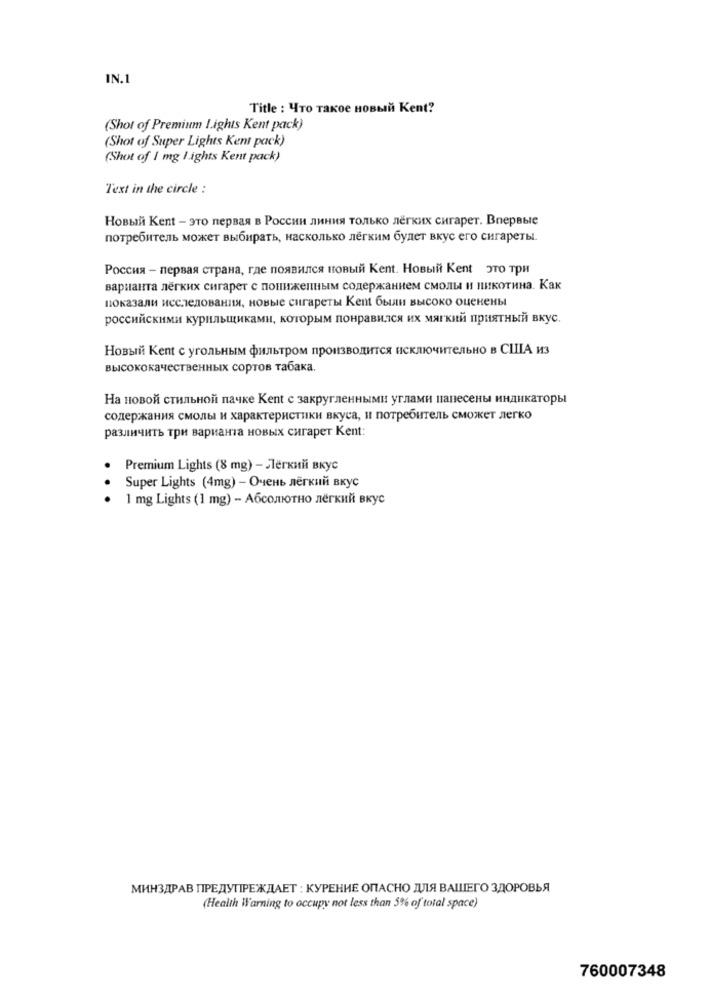
IN.1
Title : Что такое новый Kent?
(Shot of Premium lights Kent pack)
(Shot of Super Lights Kent pack)
(Shot of 1 mg lights Kent pack)
Text in the circle :
Новый Kent - это первая в России линия только лёгких сигарет. Впервые
потребитель может выбирать, насколько лёгким будет вкус его сигареты.
Россия - первая страна, где появился новый Kent. Новый Kent это три
варианта лёгких сигарет с пониженным содержанием смолы и никотина. Как
показали исследования, новые сигареты Kent были высоко оценены
российскими курильщиками, которым понравился их мягкий приятный вкус.
Новый Kent с угольным фильтром производится исключительно в США из
высококачественных сортов табака.
На новой стильной пачке Kent с закругленными углами папесены индикаторы
содержания смолы и характеристики вкуса, и потребитель сможет легко
различить три варианта новых сигарет Kent:
Premium Lights (8 mg) - Лёгкий вкус
Super Lights (4mg) - Очень лёгкий вкус
1 mg Lights (1 mg) - Абсолютно лёгкий вкус
МИНЗДРАВ ПРЕДУПРЕЖДАЕТ : КУРЕНИЕ ОПАСНО ДЛЯ ВАШЕГО ЗДОРОВЬЯ
(Health Warning to occupy not less than 5% of total space)
760007348